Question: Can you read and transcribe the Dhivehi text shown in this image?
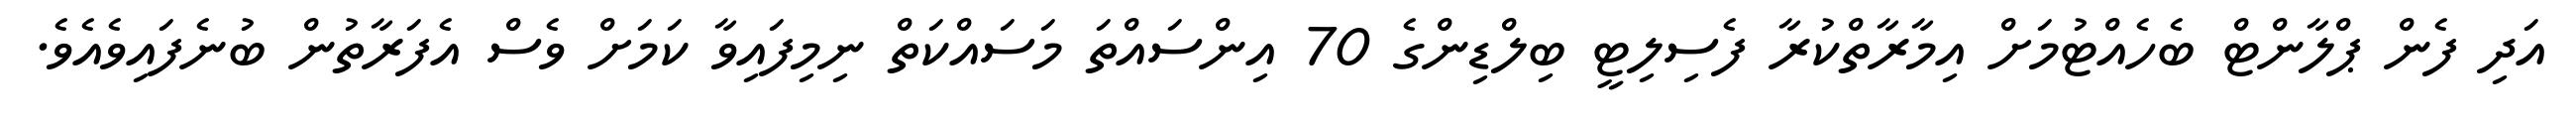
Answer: އަދި ފެން ޕްލާންޓް ބެހެއްޓުމަށް އިމާރާތްކުރާ ފެސިލިޓީ ބިލްޑިންގެ 70 އިންސައްތަ މަސައްކަތް ނިމިފައިވާ ކަމަށް ވެސް އެފަރާތުން ބުނެފައިވެއެވެ.